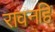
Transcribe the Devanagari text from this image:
रावनहि